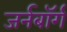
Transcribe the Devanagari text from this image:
जर्नबॉर्ग